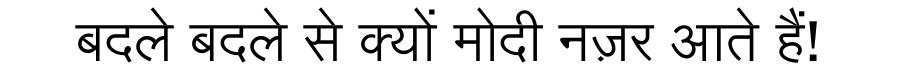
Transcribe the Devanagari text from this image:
बदले बदले से क्यों मोदी नज़र आते हैं!